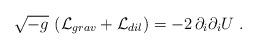
LaTeX: \begin{align*}\sqrt{-g}\, \left( {\cal L}_{grav} +{\cal L}_{dil} \right) =- 2 \, \partial_i \partial_i U\ .\end{align*}